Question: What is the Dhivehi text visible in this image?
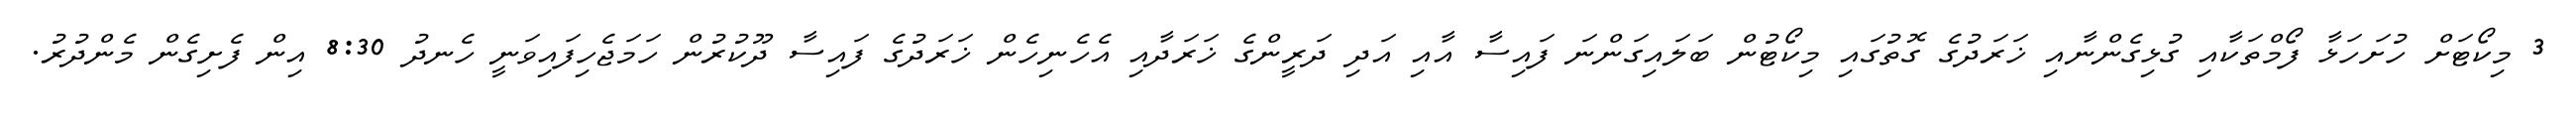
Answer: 3 މިކޯޓަށް ހުށަހަޅާ ފޯމްތަކާއި ގުޅިގެންނާއި ޚަރަދުގެ ގޮތުގައި މިކޯޓުން ބަލައިގަންނަ ފައިސާ އާއި އަދި ދަރީންގެ ޚަރަދާއި އެހެނިހެން ޚަރަދުގެ ފައިސާ ދޫކުރުން ހަމަޖެހިފައިވަނީ ހެނދު 8:30 އިން ފެށިގެން މެންދުރު.